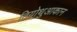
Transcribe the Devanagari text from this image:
तियोथुआकान